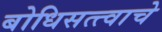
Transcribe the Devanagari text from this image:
बोधिसत्त्वाचे